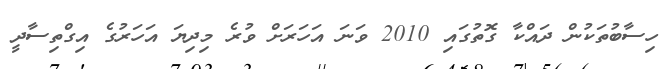
ހިސާބުތަކުން ދައްކާ ގޮތުގައި 2010 ވަނަ އަހަރަށް ވުރެ މިދިޔަ އަހަރުގެ އިގްތިސާދީ